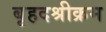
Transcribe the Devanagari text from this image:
बृहदश्रीक्रम